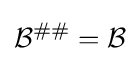
{\mathcal {B}}^{\#\#}={\mathcal {B}}